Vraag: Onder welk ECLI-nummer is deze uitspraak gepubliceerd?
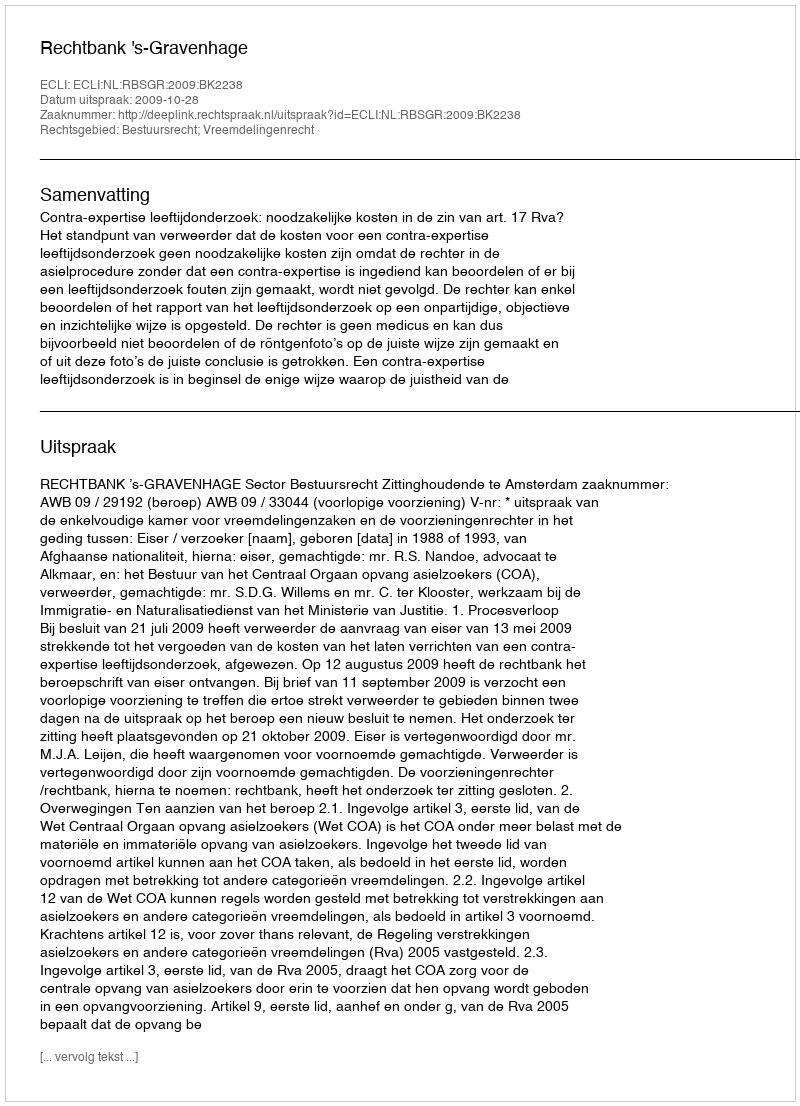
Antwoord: ECLI:NL:RBSGR:2009:BK2238